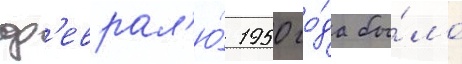
ф'еврал'ю́ 1950 го́да бы́ло